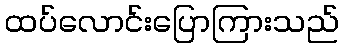
ထပ်လောင်းပြောကြားသည်